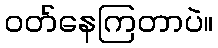
ဝတ်နေကြတာပဲ။